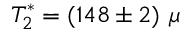
T _ { 2 } ^ { * } = ( 1 4 8 \pm 2 ) ~ \mu